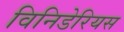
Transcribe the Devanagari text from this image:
विनिडेरियस